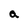
Character: a